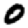
Digit: 0